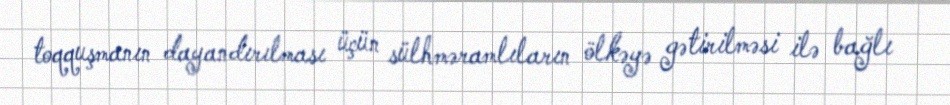
toqquşmanın dayandırılması üçün sülhməramlıların ölkəyə gətirilməsi ilə bağlı